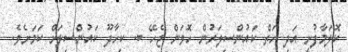
ކޮލަމާފުށީ އަދި ހަތް ކައުންސިލަރުން ހޮވަން ޖެހޭ ބ. ކިހާދޫ ކައުންސިލަށް ކަމަށެވެ.